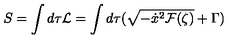
S = \int d \tau { \cal L } = \int d \tau ( \sqrt { - \dot { x } ^ { 2 } { \cal F } ( \zeta ) } + \Gamma )